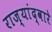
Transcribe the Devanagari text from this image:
राज्यांद्वारे